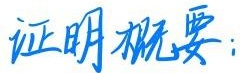
证明概要：